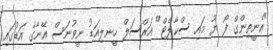
"އެނީތިންގް ފޯ ޔޫ މައި ސްކާލެޓް" އަރްސަލް ހީނލިއަޑު ނީވުނަސް އޭނާގެ އަޑުގައި